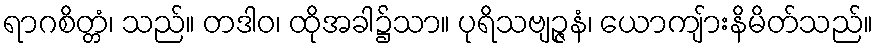
ရာဂစိတ္တံ၊ သည်။ တဒါဝ၊ ထိုအခါ၌သာ။ ပုရိသဗျဉ္ဇနံ၊ ယောကျ်ားနိမိတ်သည်။